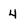
Character: 4